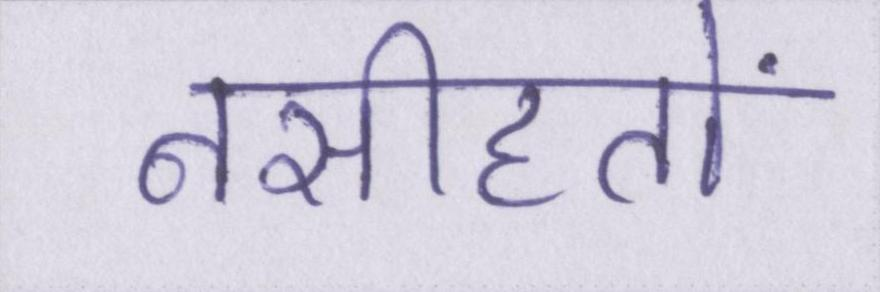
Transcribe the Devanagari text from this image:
नसीहतों